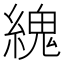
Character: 䌆